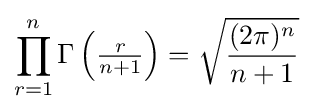
\prod _{r=1}^{n}\Gamma \left({\tfrac {r}{n+1}}\right)={\sqrt {\frac {(2\pi )^{n}}{n+1}}}